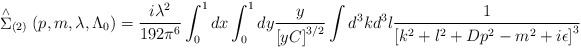
\begin{align*}\stackrel{\wedge }{\Sigma }_{(2)}(p,m,\lambda ,\Lambda _0) =\frac{i\lambda^2}{192\pi ^6}\int_0^1dx\int_0^1dy\frac y{\left[ yC\right] ^{3/2}} \int d^3kd^3l\frac 1{\left[ k^2+l^2+Dp^2-m^2+i\epsilon \right] ^3}\end{align*}